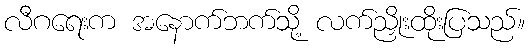
လီဂရေးက အနောက်ဘက်သို့ လက်ညှိုးထိုးပြသည်။